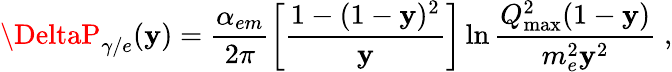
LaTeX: \DeltaP_{\gamma/e}(\mathbf{y})=\frac{{\alpha_{em}}}{{2\pi}}\left[\frac{{1-(1-\mathbf{y})^{2}}}{{\mathbf{y}}}\right]\ln\frac{{Q_{\mathrm{{max}}}^{2}(1-\mathbf{y})}}{{m_{e}^{2}\mathbf{y}^{2}}}\; ,